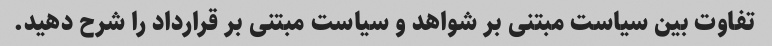
تفاوت بین سیاست مبتنی بر شواهد و سیاست مبتنی بر قرارداد را شرح دهید.